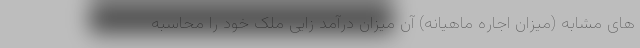
های مشابه (میزان اجاره ماهیانه) آن میزان درآمد زایی ملک خود را محاسبه